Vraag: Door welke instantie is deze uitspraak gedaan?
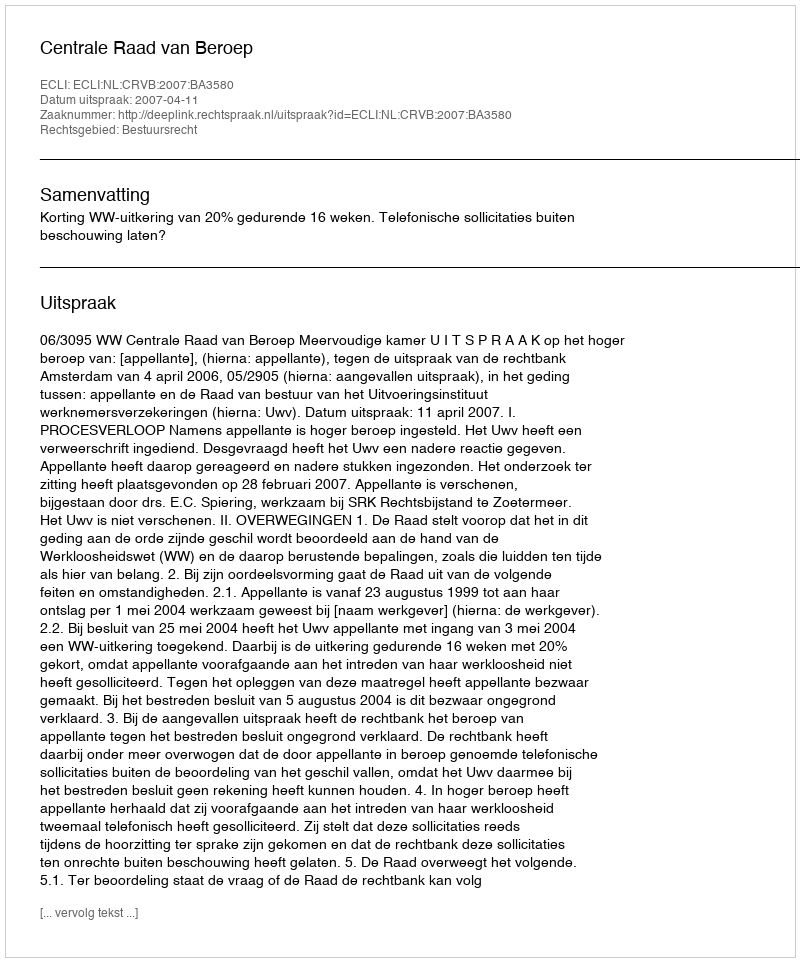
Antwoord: Centrale Raad van Beroep